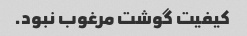
کیفیت گوشت مرغوب نبود.